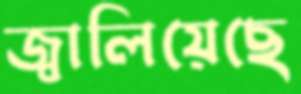
জ্বালিয়েছে